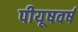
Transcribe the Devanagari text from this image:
पीयूषवर्ष